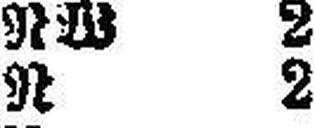
R 2